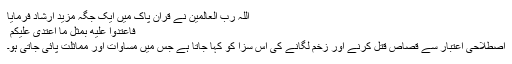
اللہ رب العالمین نے قرآن پاک میں ایک جگہ مزید ارشاد فرمایا
فَاعْتَدُوْا عَلَيْهِ بِمِثْلِ مَا اعْتَدٰى عَلَيْكُمْ ۠
اصطلاحی اعتبار سے قصاص قتل کرنے اور زخم لگانے کی اس سزا کو کہا جاتا ہے جس میں مساوات اور مماثلت پائی جاتی ہو۔